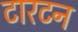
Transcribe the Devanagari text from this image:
टारटन